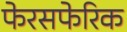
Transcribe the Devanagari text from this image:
फेरसफेरिक